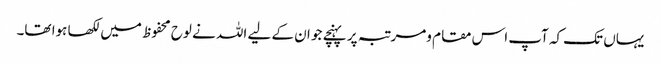
یہاں تک کہ آپ اس مقام ومرتبہ پر پہنچے جو ان کے لیے اللہ نے لوح محفوظ میں لکھا ہوا تھا۔